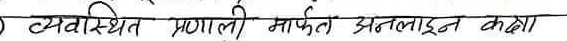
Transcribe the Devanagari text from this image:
व्यवस्थित प्रणाली मार्फत अनलाइन कक्षा